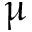
\upmu